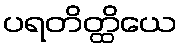
ပရတိတ္ထိယေ